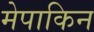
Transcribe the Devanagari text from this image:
मेपाकिन